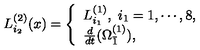
L _ { i _ { 2 } } ^ { ( 2 ) } ( x ) = \left\{ \begin{array} { l l } { L _ { i _ { 1 } } ^ { ( 1 ) } , \ i _ { 1 } = 1 , \cdots , 8 , } \\ { \frac { d } { d t } ( \Omega _ { \bar { 1 } } ^ { ( 1 ) } ) , } \\ \end{array} \right.